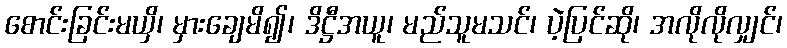
စောင်းခြင်းမယှိ၊ မှားချေမိ၍၊ ဒိဋ္ဌီအယူ၊ မည်သူမသင်၊ ပဲ့ပြင်ဆို၊ အလိုလိုလျှင်၊